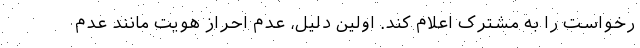
رخواست را به مشترک اعلام کند. اولین دلیل، عدم احراز هویت مانند عدم